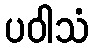
ပဝါသံ